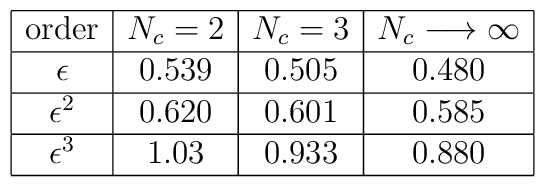
\begin{array}{|c|c|c|c|}\hline\mbox{order}&N_c=2&N_c=3&N_c\longrightarrow\infty\\\hline\epsilon&0.539&0.505&0.480 \\\hline\epsilon^2&0.620&0.601&0.585 \\\hline\epsilon^3&1.03&0.933&0.880 \\\hline\end{array}